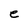
Character: e